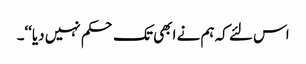
اس لئے کہ ہم نے ابھی تک حکم نہیں دیا‘‘۔